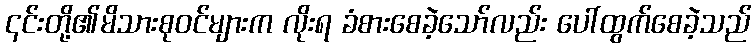
၎င်းတို့၏မိသားစုဝင်များက လိုးရ ခံစားစေခဲ့သော်လည်း ပေါ်ထွက်စေခဲ့သည်